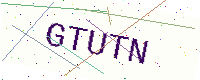
Text: GTUTN